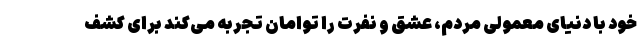
خود با دنیای معمولی مردم، عشق و نفرت را توامان تجربه می‌کند برای کشف